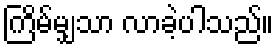
ကြိမ်မျှသာ လာခဲ့ပါသည်။